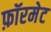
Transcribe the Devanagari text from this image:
फ़ॉरमेट